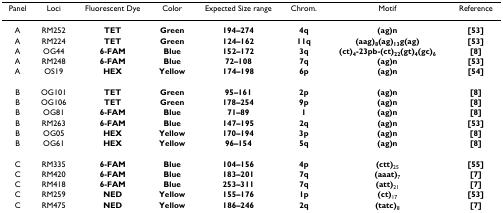
<table><thead><tr><td><b>Panel</b></td><td><b>Loci</b></td><td><b>Fluorescent Dye</b></td><td><b>Color</b></td><td><b>Expected Size range</b></td><td><b>Chrom.</b></td><td><b>Motif</b></td><td><b>Reference</b></td></tr></thead><tbody><tr><td>A</td><td>RM252</td><td><b>TET</b></td><td><b>Green</b></td><td><b>194–274</b></td><td><b>4q</b></td><td><b>(ag)n</b></td><td><b>[53]</b></td></tr><tr><td>A</td><td>RM224</td><td><b>TET</b></td><td><b>Green</b></td><td><b>124–162</b></td><td><b>11q</b></td><td><b>(aag)<sub>8</sub>(ag)<sub>13</sub>g(ag)</b></td><td><b>[53]</b></td></tr><tr><td>A</td><td>OG44</td><td><b>6-FAM</b></td><td><b>Blue</b></td><td><b>152–172</b></td><td><b>3q</b></td><td><b>(ct)<sub>4</sub>-23pb-(ct)<sub>22</sub>(gt)<sub>4</sub>(gc)<sub>6</sub></b></td><td><b>[8]</b></td></tr><tr><td>A</td><td>RM248</td><td><b>6-FAM</b></td><td><b>Blue</b></td><td><b>72–108</b></td><td><b>7q</b></td><td><b>(ag)n</b></td><td><b>[53]</b></td></tr><tr><td>A</td><td>OS19</td><td><b>HEX</b></td><td><b>Yellow</b></td><td><b>174–198</b></td><td><b>6p</b></td><td><b>(ag)n</b></td><td><b>[54]</b></td></tr><tr><td>B</td><td>OG101</td><td><b>TET</b></td><td><b>Green</b></td><td><b>95–161</b></td><td><b>2p</b></td><td><b>(ag)n</b></td><td><b>[8]</b></td></tr><tr><td>B</td><td>OG106</td><td><b>TET</b></td><td><b>Green</b></td><td><b>178–254</b></td><td><b>9p</b></td><td><b>(ag)n</b></td><td><b>[8]</b></td></tr><tr><td>B</td><td>OG81</td><td><b>6-FAM</b></td><td><b>Blue</b></td><td><b>71–89</b></td><td><b>1</b></td><td><b>(ag)n</b></td><td><b>[8]</b></td></tr><tr><td>B</td><td>RM263</td><td><b>6-FAM</b></td><td><b>Blue</b></td><td><b>147–195</b></td><td><b>2q</b></td><td><b>(ag)n</b></td><td><b>[53]</b></td></tr><tr><td>B</td><td>OG05</td><td><b>HEX</b></td><td><b>Yellow</b></td><td><b>170–194</b></td><td><b>3p</b></td><td><b>(ag)n</b></td><td><b>[8]</b></td></tr><tr><td>B</td><td>OG61</td><td><b>HEX</b></td><td><b>Yellow</b></td><td><b>96–154</b></td><td><b>5q</b></td><td><b>(ag)n</b></td><td><b>[8]</b></td></tr><tr><td>C</td><td>RM335</td><td><b>6-FAM</b></td><td><b>Blue</b></td><td><b>104–156</b></td><td><b>4p</b></td><td><b>(ctt)</b><sub>25</sub></td><td><b>[55]</b></td></tr><tr><td>C</td><td>RM420</td><td><b>6-FAM</b></td><td><b>Blue</b></td><td><b>183–201</b></td><td><b>7q</b></td><td><b>(aaat)</b><sub>7</sub></td><td><b>[7]</b></td></tr><tr><td>C</td><td>RM418</td><td><b>6-FAM</b></td><td><b>Blue</b></td><td><b>253–311</b></td><td><b>7q</b></td><td><b>(att)</b><sub>21</sub></td><td><b>[7]</b></td></tr><tr><td>C</td><td>RM259</td><td><b>NED</b></td><td><b>Yellow</b></td><td><b>155–176</b></td><td><b>1p</b></td><td><b>(ct)</b><sub>17</sub></td><td><b>[53]</b></td></tr><tr><td>C</td><td>RM475</td><td><b>NED</b></td><td><b>Yellow</b></td><td><b>186–246</b></td><td><b>2q</b></td><td><b>(tatc)</b><sub>8</sub></td><td><b>[7]</b></td></tr></tbody></table>